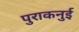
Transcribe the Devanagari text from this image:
पुराकनुई